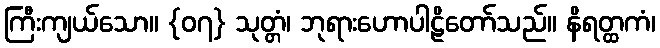
ကြီးကျယ်သော။ {၀၇} သုတ္တံ၊ ဘုရားဟောပါဠိတော်သည်။ နိရတ္ထကံ၊